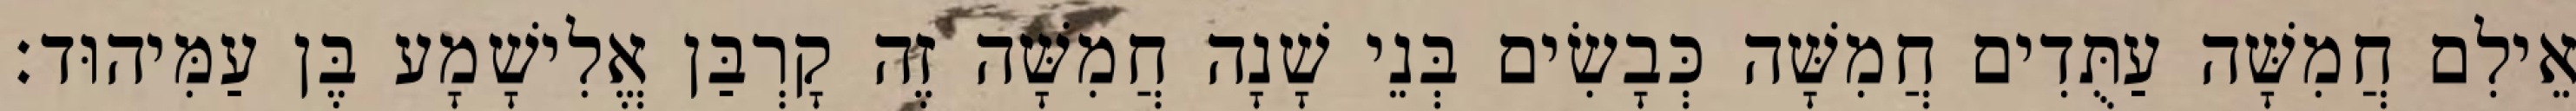
אֵילִם חֲמִשָּׁה עַתֻּדִים חֲמִשָּׁה כְּבָשִׂים בְּנֵי שָׁנָה חֲמִשָּׁה זֶה קָרְבַּן אֱלִישָׁמָע בֶּן עַמִּיהוּד׃